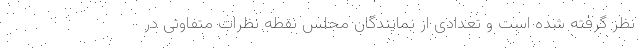
نظر گرفته شده است و تعدادی از نمایندگان مجلس نقطه نظرات متفاوتی در